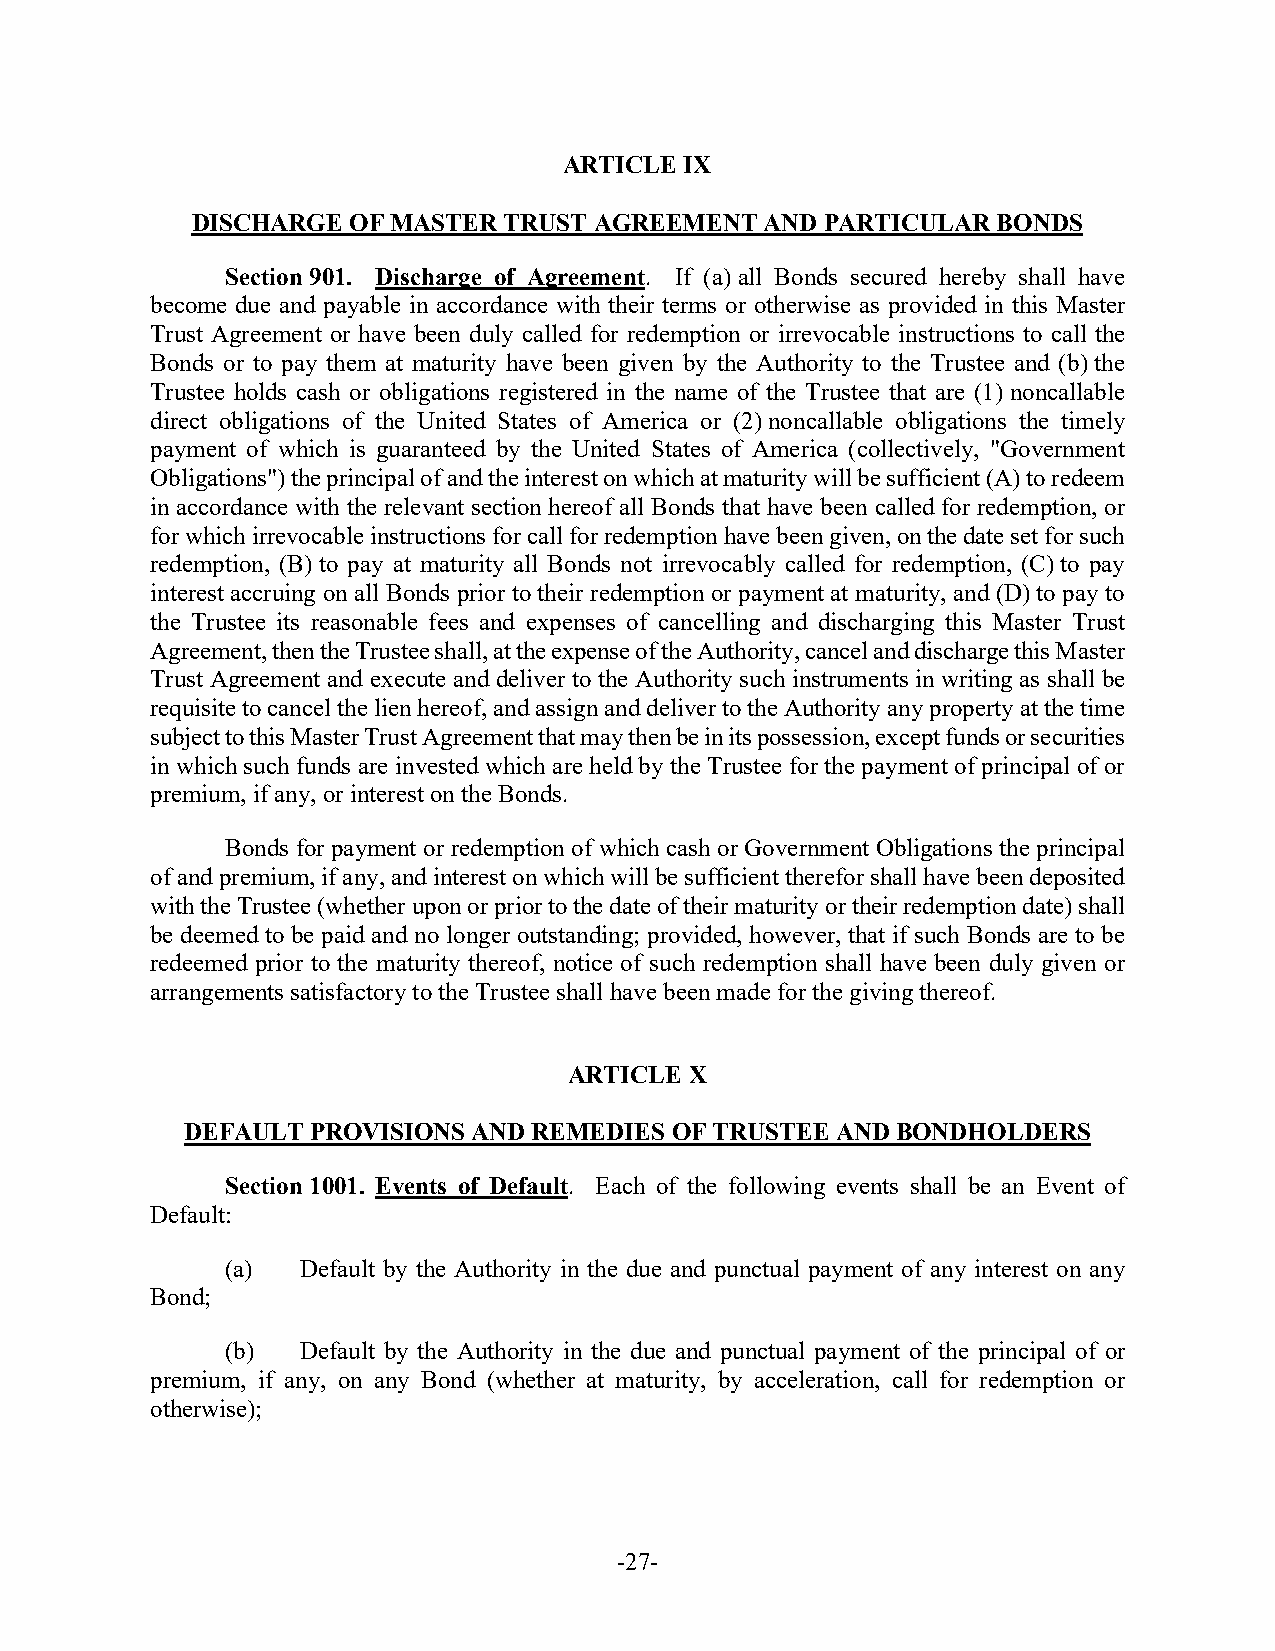
ARTICLE IX
 DISCHARGE OF MASTER TRUST AGREEMENT   AND PARTICULAR BONDS
 Section 901. Discharge of Agreement. If (a) all Bonds secured hereby shall have
 become due and payable in accordance with their terms or otherwise as provided in this Master
 Trust Agreement or have been duly called for redemption or irrevocable instructions to call the
 Bonds or to pay them at maturity have been given by the Authority to the Trustee and (b) the
 Trustee holds cash or obligations registered in the name of the Trustee that are (1) noncallable
 direct obligations of the United States of America or (2) noncallable obligations the timely
 payment of which is guaranteed by the United States of America (collectively, "Government
 Obligations") the principal of and the interest on which at maturity will be sufficient (A) to redeem
 in accordance with the relevant section hereof all Bonds that have been called for redemption, or
 for which irrevocable instructions for call for redemption have been given, on the date set for such
 redemption, (B) to pay at maturity all Bonds not irrevocably called for redemption, (C) to pay
 interest accruing on all Bonds prior to their redemption or payment at maturity, and (D) to pay to
 the Trustee its reasonable fees and expenses of cancelling and discharging this Master Trust
 Agreement, then the Trustee shall, at the expense of the Authority, cancel and discharge this Master
 Trust Agreement and execute and deliver to the Authority such instruments in writing as shall be
 requisite to cancel the lien hereof, and assign and deliver to the Authority any property at the time
 subject to this Master Trust Agreement that may then be in its possession, except funds or securities
 in which such funds are invested which are held by the Trustee for the payment of principal of or
 premium, if any, or interest on the Bonds.
 Bonds for payment or redemption of which cash or Government Obligations the principal
 of and premium, if any, and interest on which will be sufficient therefor shall have been deposited
 with the Trustee (whether upon or prior to the date of their maturity or their redemption date) shall
 be deemed to be paid and no longer outstanding; provided, however, that if such Bonds are to be
 redeemed prior to the maturity thereof, notice of such redemption shall have been duly given or
 arrangements satisfactory to the Trustee shall have been made for the giving thereof.
 ARTICLE X
 DEFAULT  PROVISIONS AND REMEDIES OF TRUSTEE AND BONDHOLDERS
 Section 1001. Events of Default. Each of the following events shall be an Event of
 Default:
 (a)  Default by the Authority in the due and punctual payment of any interest on any
 Bond;
 (b)  Default by the Authority in the due and punctual payment of the principal of or
 premium, if any, on any Bond (whether at maturity, by acceleration, call for redemption or
 otherwise);
 -27-